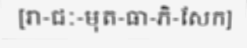
[រា-ជៈ-មុត-ធា-ភិ-សែក]